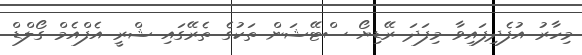
މިހާރު އުފެދިފައިވާ މިފަދަ ރޭޑިޔޯ ސްޓޭޝަން ތަކުގެ ތެރޭގައި ޝްރީ އެފްއެމް ގޯލްޑް